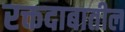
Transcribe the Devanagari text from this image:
रक्तदाबातील